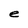
Character: e